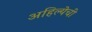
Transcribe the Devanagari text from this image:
अहिल्येची